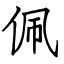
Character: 佩